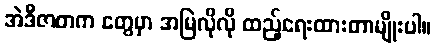
အဲဒီဇာတက တွေမှာ အမြဲလိုလို ထည့်ရေးထားတာမျိုးပါ။